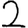
Digit: 2